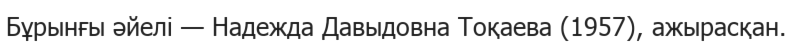
Бұрынғы әйелі — Надежда Давыдовна Тоқаева (1957), ажырасқан.